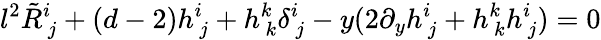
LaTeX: l^{2}\tilde{R}_{\, j}^{i}+(d-2)h_{\, j}^{i}+h_{\, k}^{k}\delta_{\, j}^{i}-y(2\partial_{y}h_{\, j}^{i}+h_{\, k}^{k}h_{\, j}^{i})=0